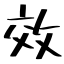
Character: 效